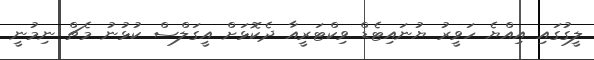
ލީގުގައި އިއްޔެ ހަވީރު ޔުނައިޓެޑް ވިކްޓަރީއާ ދެކޮޅަށް އީގަލްސް ކުޅުނު މެޗް ނިމުނީ